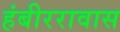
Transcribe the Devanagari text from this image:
हंबीररावास